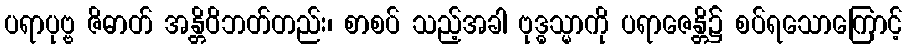
ပရာပုဗ္ဗ ဇိဓာတ် အန္တိဝိဘတ်တည်း၊ စာစပ် သည့်အခါ ဗုဒ္ဓသ္မာကို ပရာဇေန္တိ၌ စပ်ရသောကြောင့်